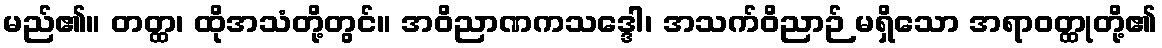
မည်၏။ တတ္ထ၊ ထိုအသံတို့တွင်။ အဝိညာဏကသဒ္ဒေါ၊ အသက်ဝိညာဉ် မရှိသော အရာဝတ္ထုတို့၏